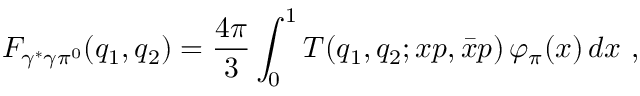
F _ { \gamma ^ { * } \gamma \pi ^ { 0 } } ( q _ { 1 } , q _ { 2 } ) = \frac { 4 \pi } { 3 } \int _ { 0 } ^ { 1 } T ( q _ { 1 } , q _ { 2 } ; x p , \bar { x } p ) \, \varphi _ { \pi } ( x ) \, d x \ ,